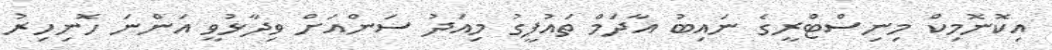
އިކޮނޮމިކް މިނިސްޓްރީގެ ނައިބު އާދަމް ތައުފީގު މިއަދު ސަންއަށް ވިދާޅުވީ އަންނަ ހޮނިހިރު